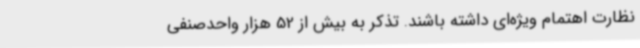
نظارت اهتمام ویژه‌ای داشته باشند. تذکر به بیش از 52 هزار واحدصنفی